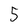
Character: 5